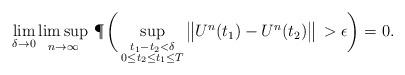
LaTeX: \begin{align*}& \lim_{\delta\to 0} \limsup_{n\to\infty}\,\P\,\bigg( \sup_{\substack{t_1-t_2<\delta\\0\leq t_2\leq t_1\leq T}}\big\|U^n(t_1)-U^n(t_2) \big\|\,>\epsilon \bigg) = 0.\end{align*}